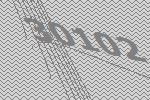
30102